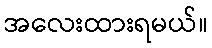
အလေးထားရမယ်။